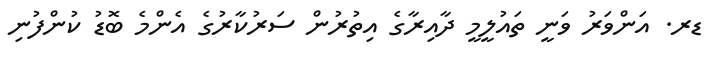
ޑރ. އަންވަރު ވަނީ ތައުލީމީ ދާއިރާގެ އިތުރުން ސަރުކާރުގެ އެންމެ ބޮޑު ކުންފުނި